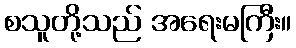
စသူတို့သည် အရေးမကြီး။